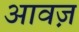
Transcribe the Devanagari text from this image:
आवज़